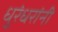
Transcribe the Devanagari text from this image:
धुरंधरांनी